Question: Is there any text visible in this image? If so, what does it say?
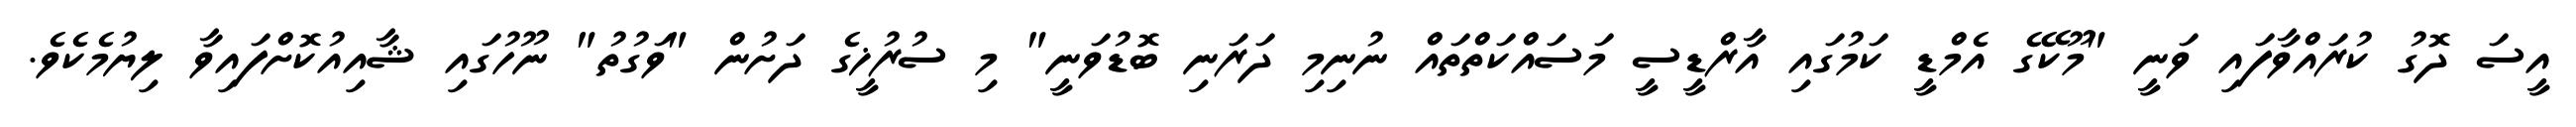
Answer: އީސަ ދޮގު ކުރައްވާފައި ވަނީ "މޫކޭގެ އެމްޑީ ކަމުގައި އާރްޑީސީ މަސައްކަތްތައް ނުނިމި ދަރަނި ބޮޑުވަނީ" މި ސުރުޚީގެ ދަށުން "ވަގުތު" ނޫހުގައި ޝާއިއުކޮށްފައިވާ ލިޔުމެކެވެ.